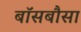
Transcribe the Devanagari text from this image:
बॉसबौसा